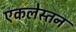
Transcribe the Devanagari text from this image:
एकलेस्तन